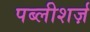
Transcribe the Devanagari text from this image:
पब्लीशर्ज़